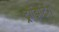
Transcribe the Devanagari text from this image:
ट्रांझिटिंग